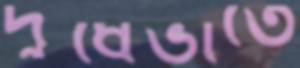
দুধেভাতে